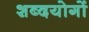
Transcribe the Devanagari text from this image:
शब्दयोगों